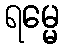
ရမ္မေ